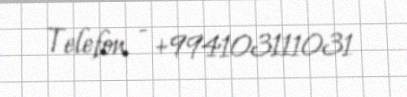
Telefon - +994103111031